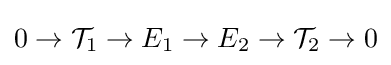
0\to {\mathcal {T}}_{1}\to E_{1}\to E_{2}\to {\mathcal {T}}_{2}\to 0